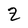
Character: z